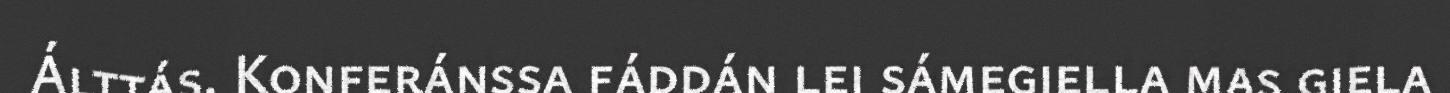
Álttás. Konferánssa fáddán lei sámegiella mas giela